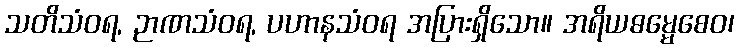
သတိသံဝရ, ဉာဏသံဝရ, ပဟာနသံဝရ အပြားရှိသော။ အရိယဓမ္မေစေဝ၊